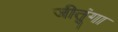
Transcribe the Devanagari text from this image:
जीतूंगा